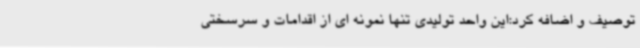
توصیف و اضافه کرد:این واحد تولیدی تنها نمونه ای از اقدامات و سرسختی